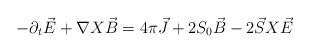
LaTeX: \begin{align*}-{\partial}_{t}\vec{E} + {\nabla}X \vec{B}= 4{\pi}\vec{J}+2S_{0}\vec{B}-2\vec{S}X \vec{E}\end{align*}